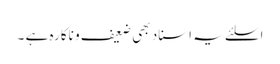
اسلئے یہ اسناد بھی ضعیف و ناکارہ ہے ۔